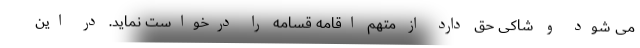
می شود و شاکی حق دارد از متهم اقامه قسامه را درخواست نماید. در این